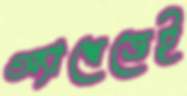
অ্যাশেজেই